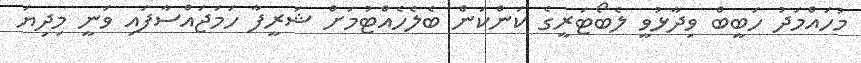
މުހައްމަދު ހަބީބް ވިދާޅުވީ ލެބޯޓަރީގެ ކަންކަން ބެލެހެއްޓުމަށް ޝަރީފާ ހަމަޖައްސާފައި ވަނީ މިދިޔަ